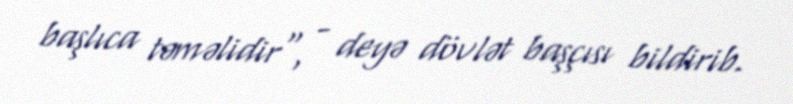
başlıca təməlidir", - deyə dövlət başçısı bildirib.